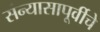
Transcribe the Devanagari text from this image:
संन्यासापूर्वीचे